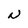
Character: N